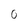
Character: 0